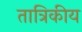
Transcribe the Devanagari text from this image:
तात्रिकीय